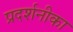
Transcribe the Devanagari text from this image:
प्रदर्शनीका